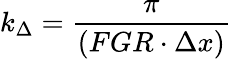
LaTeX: k_{\Delta}=\frac{\pi}{(FGR\cdot\Delta x)}